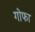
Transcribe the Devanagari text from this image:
गोफा